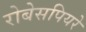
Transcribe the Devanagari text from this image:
रोबेसपियरे